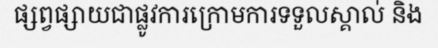
ផ្សព្វផ្សាយជាផ្លូវការក្រោមការទទួលស្គាល់ និង